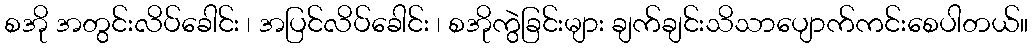
စအို အတွင်းလိပ်ခေါင်း ၊ အပြင်လိပ်ခေါင်း ၊ စအိုကွဲခြင်းများ ချက်ချင်းသိသာပျောက်ကင်းစေပါတယ်။